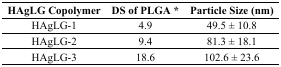
| HAgLG Copolymer | DS of PLGA * | Particle Size (nm) |
 | --- | --- | --- |
 | HAgLG-1 | 4.9 | 49.5 ± 10.8 |
 | HAgLG-2 | 9.4 | 81.3 ± 18.1 |
 | HAgLG-3 | 18.6 | 102.6 ± 23.6 |